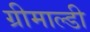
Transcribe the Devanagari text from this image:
ग्रीमाल्डी